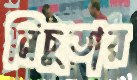
নিচুতার